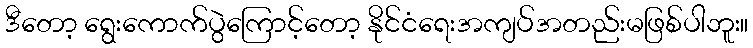
ဒီတော့ ရွေးကောက်ပွဲကြောင့်တော့ နိုင်ငံရေးအကျပ်အတည်းမဖြစ်ပါဘူး။